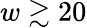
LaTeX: w\gtrsim 20